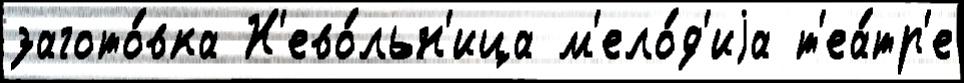
загото́вка Н'ево́льн'ица м'ело́д'иjа т'еа́тр'е